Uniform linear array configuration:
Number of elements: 32
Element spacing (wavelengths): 0.5
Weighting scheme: hamming
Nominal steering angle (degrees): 60
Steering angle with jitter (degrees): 61.757
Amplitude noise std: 0.05
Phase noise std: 0.05

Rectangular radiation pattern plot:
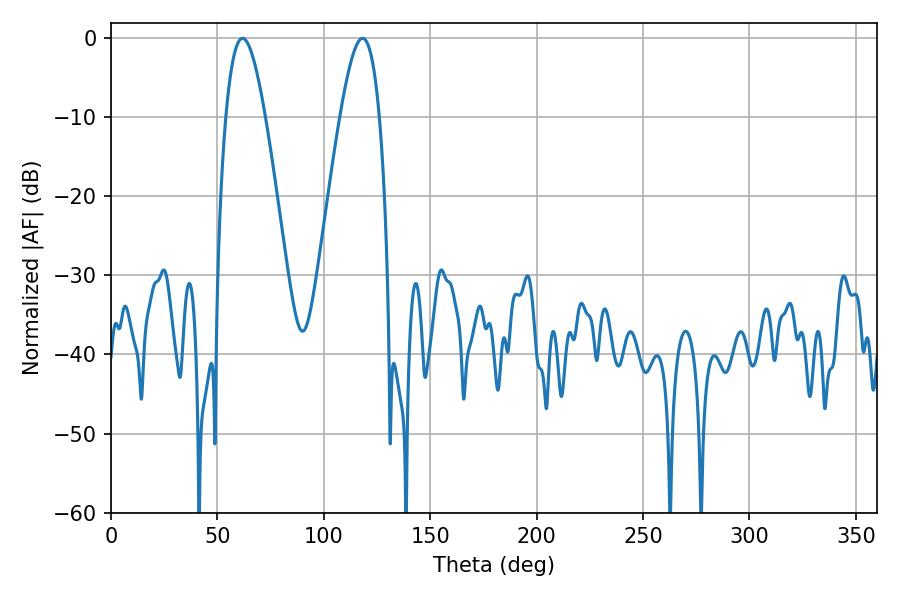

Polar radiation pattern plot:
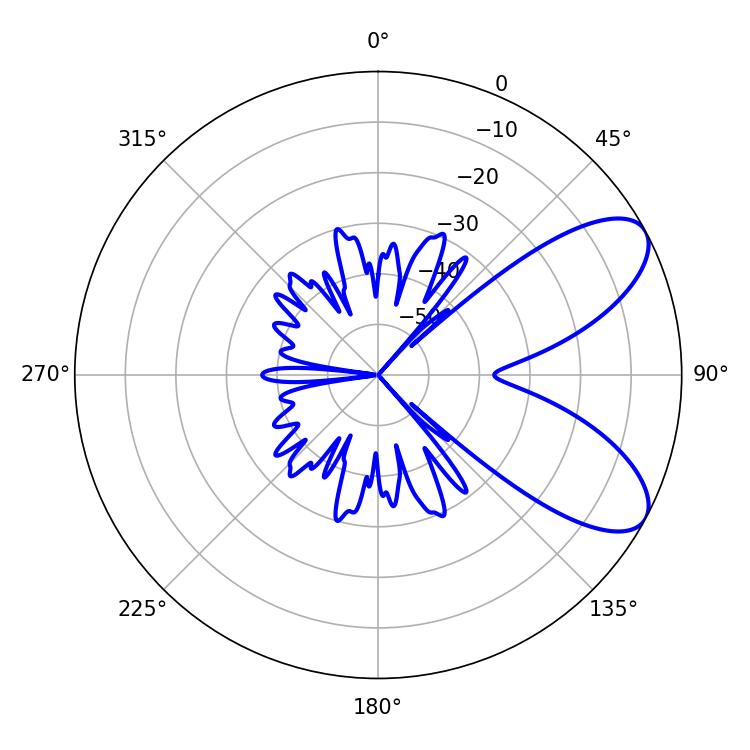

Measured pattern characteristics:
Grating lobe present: FALSE
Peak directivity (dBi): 7.741
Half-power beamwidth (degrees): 9.9
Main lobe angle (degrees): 61.74